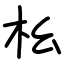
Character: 㭃